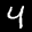
Label: 4